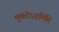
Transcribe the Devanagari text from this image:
मुक्तोऽहमिति